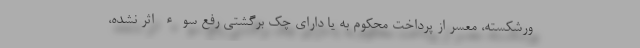
ورشکسته، معسر از پرداخت محکوم به یا دارای چک برگشتی رفع سوء اثر نشده،